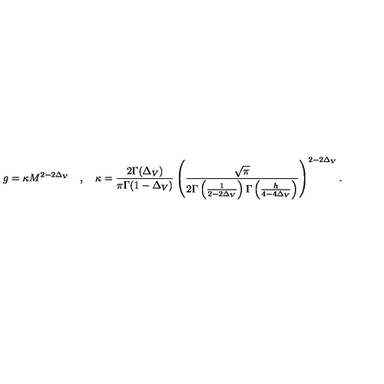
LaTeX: g = \kappa M ^ { 2 - 2 \Delta _ { V } } \quad , \quad \kappa = \frac { 2 \Gamma ( \Delta _ { V } ) } { \pi \Gamma ( 1 - \Delta _ { V } ) } \left( \frac { \sqrt { \pi } } { 2 \Gamma \left( \frac { 1 } { 2 - 2 \Delta _ { V } } \right) \Gamma \left( \frac { h } { 4 - 4 \Delta _ { V } } \right) } \right) ^ { 2 - 2 \Delta _ { V } } .